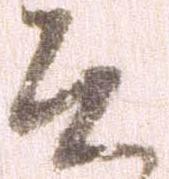
そ